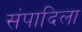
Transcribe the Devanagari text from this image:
संपादिला